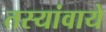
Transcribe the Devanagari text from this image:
तस्यांवाये